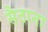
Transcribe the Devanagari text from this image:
सैठाना